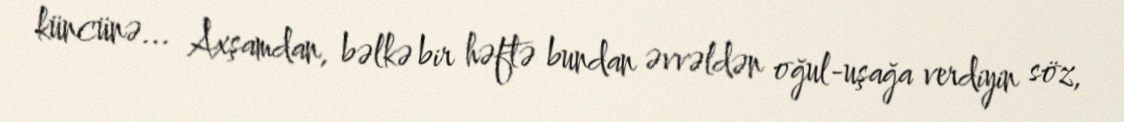
küncünə... Axşamdan, bəlkə bir həftə bundan əvvəldən oğul-uşağa verdiyin söz,